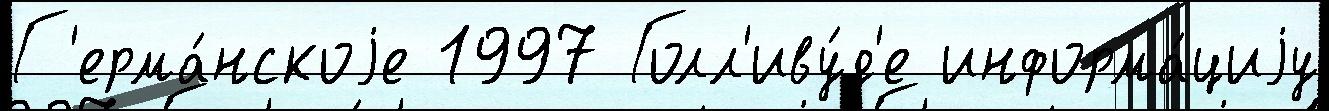
Г'ерма́нскоjе 1997 Голл'иву́д'е информа́циjу